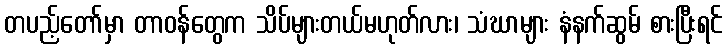
တပည့်တော်မှာ တာဝန်တွေက သိပ်များတယ်မဟုတ်လား၊ သံဃာများ နံနက်ဆွမ် စားပြီးရင်